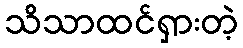
သိသာထင်ရှားတဲ့